Leaving Certificate Examination (including Day School Certificate (Higher) General paper), 1935
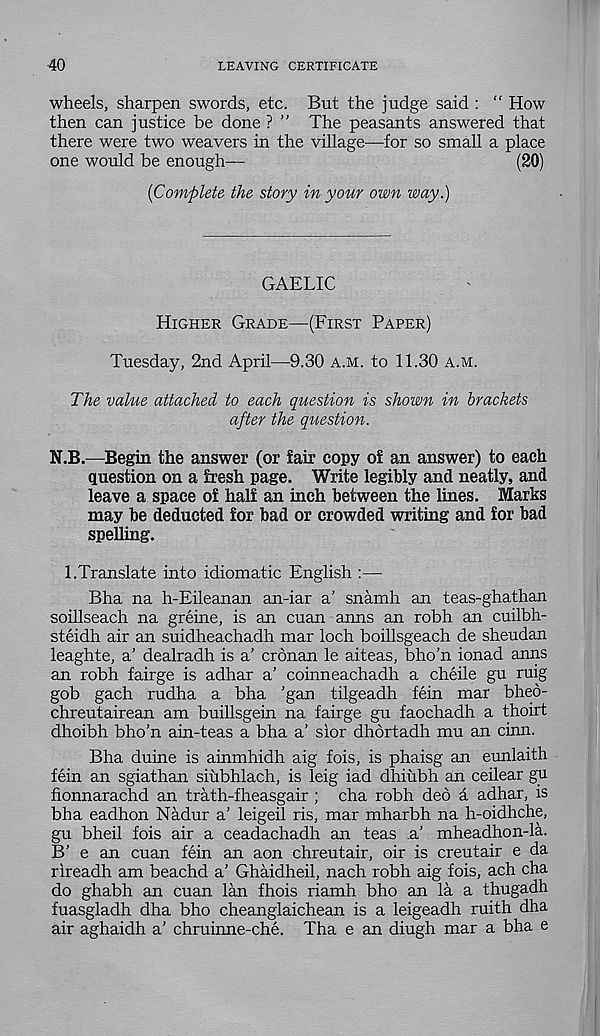
40
LEAVING CERTIFICATE
wheels, sharpen swords, etc. But the judge said : “ How
then can justice be done ? ” The peasants answered that
there were two weavers in the village—for so small a place
one would be enough—
(20)
{Complete the story in your own way.)
GAELIC
Higher Grade—(First Paper)
Tuesday, 2nd April—9.30 a.m. to 11.30 a.m.
The value attached to each question is shown in brackets
after the question.
N.B.—Begin the answer (or fair copy of an answer) to each
question on a fresh page. Write legibly and neatly, and
leave a space of half an inch between the lines. Marks
may be deducted for bad or crowded writing and for bad
spelling.
1.Translate into idiomatic English :—
Bha na h-Eileanan an-iar a’ snamh an teas-ghathan
soillseach na greine, is an cuan anns an robh an cuilbh-
steidh air an suidheachadh mar loch boillsgeach de sheudan
leaghte, a’ dealradh is a’ cronan le aiteas, bho’n ionad anns
an robh fairge is adhar a’ coinneachadh a cheile gu ruig
gob gach rudha a bha ’gan tilgeadh fein mar bheo-
chreutairean am buillsgein na fairge gu faochadh a thoirt
dhoibh bho’n ain-teas a bha a’ sior dhortadh mu an cinn.
Bha duine is ainmhidh aig fois, is phaisg an eunlaith
fein an sgiathan siubhlach, is leig iad dhiubh an ceilear gu
fionnarachd an trath-fheasgair ; cha robh deo a adhar, is
bha eadhon Nadur a’ leigeil ris, mar mharbh na h-oidhche,
gu bheil fois air a ceadachadh an teas a’ mheadhon-la.
B’ e an cuan fein an aon chreutair, oir is creutair e da
rireadh am beachd a’ Ghaidheil, nach robh aig fois, ach cha
do ghabh an cuan lan fhois riamh bho an la a thugadh
fuasgladh dha bho cheanglaichean is a leigeadh ruith dha
air aghaidh a’ chruinne-che. Tha e an diugh mar a bha e